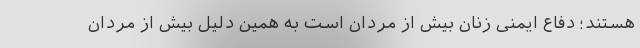
هستند؛ دفاع ایمنی زنان بیش از مردان است به همین دلیل بیش از مردان